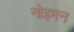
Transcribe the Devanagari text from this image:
नोइमन